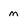
Character: m